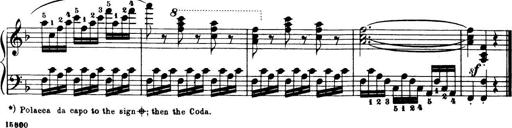
Title: 32 Sonatinas and Rondos for the Piano
Composer: Richard Kleinmichel